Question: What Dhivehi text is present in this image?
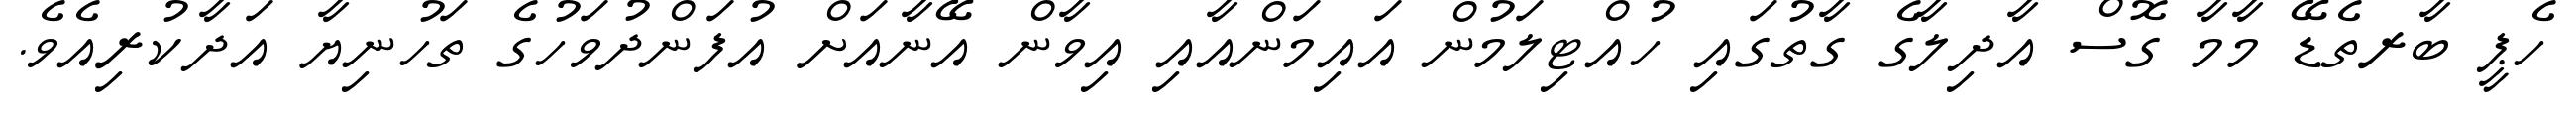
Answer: ހެޕީ ބާރތެޑޭ މާމާ ގޮސް އާދިލާގެ ގާތުގައި ހުއްޓިލަމުން އައިމަންއާއި އިވާން އޭނާއަށް އުފަންދުވަހުގެ ތަހުނިޔާ އަދާކުރިއެވެ.